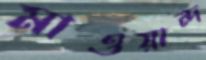
মাওয়ান্দ